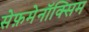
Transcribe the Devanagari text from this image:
सेफ़मेनॉक्सिम